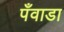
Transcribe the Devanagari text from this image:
पँवाडा